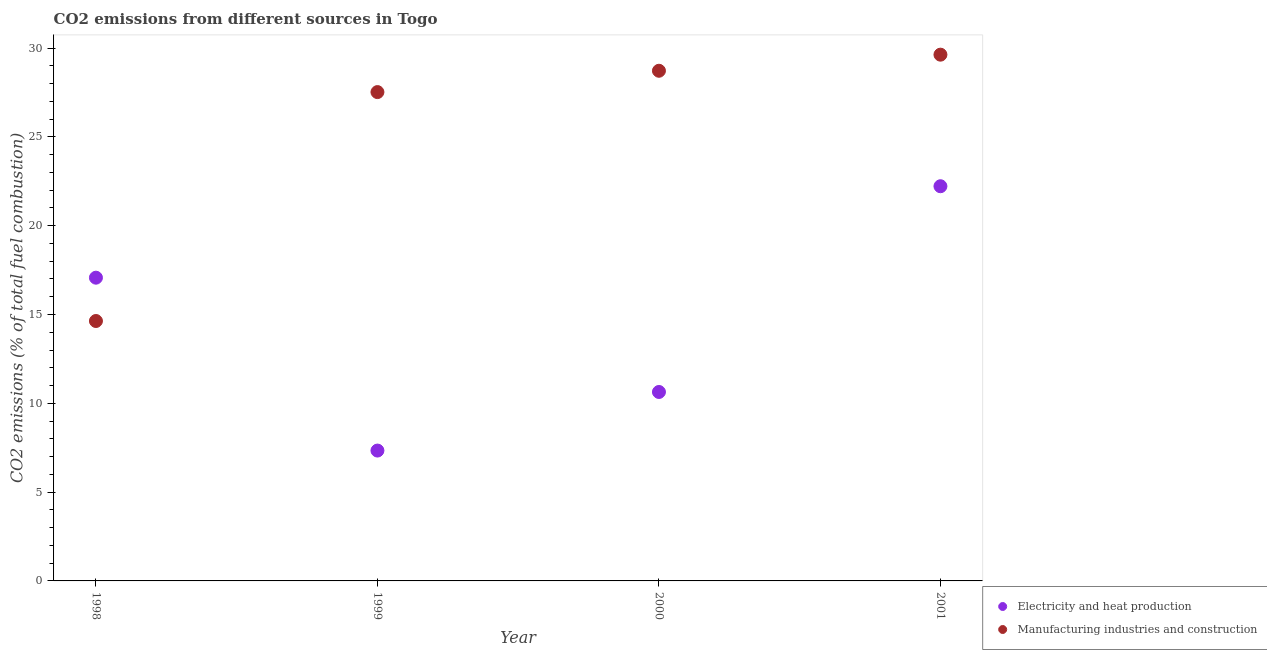
| Year | Electricity and heat production | Manufacturing industries and construction |
 | --- | --- | --- |
 | 1998 | 17.1 | 14.6 |
 | 1999 | 7.34 | 27.5 |
 | 2000 | 10.6 | 28.7 |
 | 2001 | 22.2 | 29.6 |